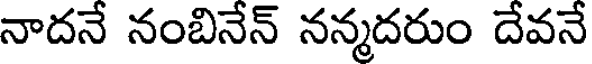
నాదనే నంబినేన్ నన్మదరుం దేవనే